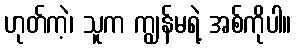
ဟုတ်ကဲ့၊ သူက ကျွန်မရဲ့ အစ်ကိုပါ။